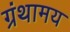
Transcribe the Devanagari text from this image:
ग्रंथामय